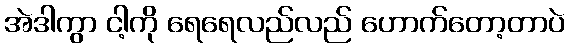
အဲဒါကွာ ငါ့ကို ရေရေလည်လည် ဟောက်တော့တာပဲ